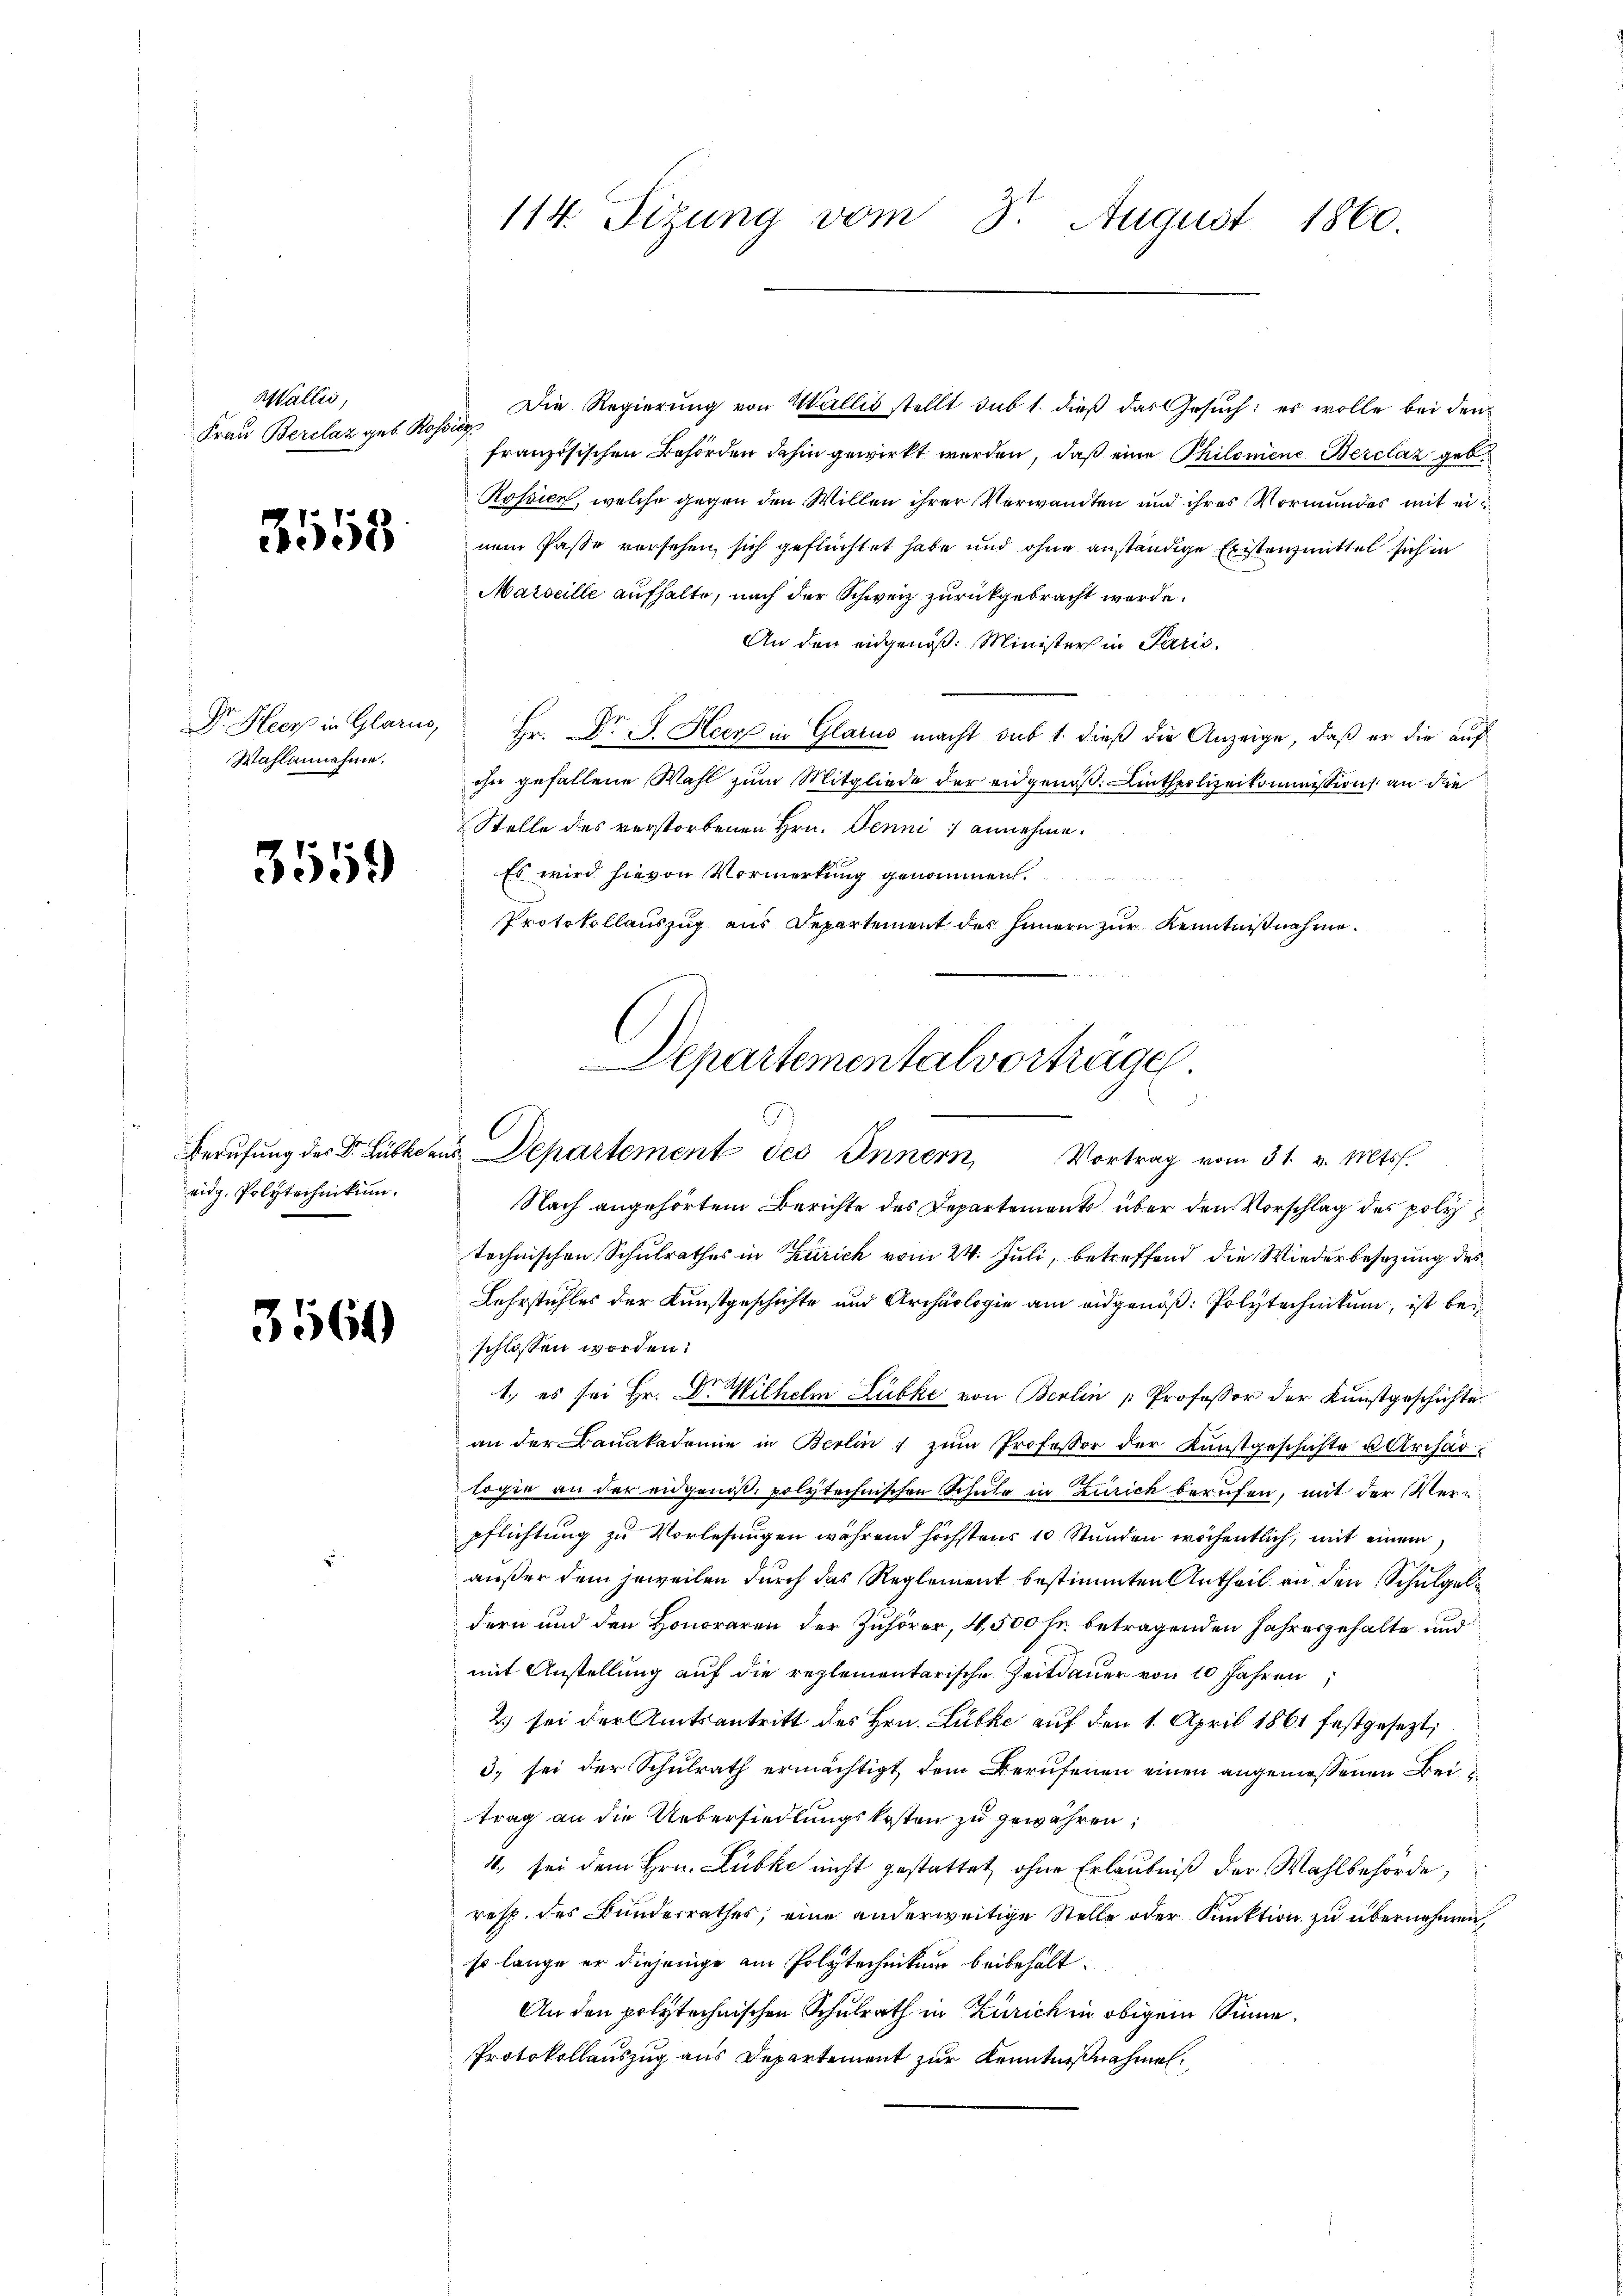
Wallis,
Frau Berclaz geb. Ros

3158

Dr. Heers in Glarus,
Wahlannahme.

3559

Berufung des Dr. Lübkda
eidg. Polytechnikum.

3564

114. Sizung vom 8. August 1860

Die Regierung von Wallis stellt sub 1. dieß das Gesuch: es wolle bei den
liche
französischen Behörden dahin gewirkt werden, daß eine Philomene Berclaz geb.
Rossin, welche gegen den Willen ihrer Verwandten und ihres Vormunder mit ein
nem Pässe vorsehen, sich geflüchtet habe und ohne anständige Existenzmittel sich in
Marseille aufhalte, nach der Schweiz zurückgebracht werde.
An den eidgenöß. Minister in Paris,
 Hr. Dr J. Heer in Glarus macht sub 1. dieß die Anzeige, daß er die auf
ihn gefallene Wahl zum Mitgliede der eidgenoß. Linthpolizeikommission an die
Stelle des verstorbenen Hrn. Jenni annehme.
Es wird hievon Vormerkung genommen.
Protokollauszug aus Departement des Innern zur Kenntnißnahme.
Nach angehörtem Berichte des Departements über den Vorschlag des poly
technischen Schulrathes in Zürich vom 24. Juli, betreffend die Wiederbesezung des
Lehrstuhles der Kunstgeschichte und Archäologie am eidgenöß: Polytechnikum, ist beschlossen worden:
1.) es sei Hr. Dr. Wilhelm Lübke von Berlin " Professor der Kunstgeschichte
an der Baŭakademie in Berlin zŭm Professor der Kunstgeschäfte u. Archarlogie an der eidgenöß. polytechnischen Schule in Zürich berufen, mit der Verpflichtung zu Vorlesungen während höchstens 10 Stunden wöchentlich, mit einem
außer dem jeweilen durch das Reglement bestimmten Antheil an den Schulgeldern und den Honoraren der Zuhörer, 4,500 fr. betragenden Jahresgehalte und
mit Anstellung auf die reglementarische Zeitdauer von 10 Jahren
2) sei der Amtsantritt des Hrn. Lübke auf den 1. April 1861 festgesezt,
3) sei der Schulrath ermächtigt dem Berufenen einen angemessenen Beitrag an die Uebersiedlungskosten zu gewähren:
4., sei dem Hrn. Lübke nicht gestattet, ohne Erlaubniß der Wahlbehörde,
resp. des Bunderrathes, eine anderweitige Stelle oder Funktion zu übernehmen,
so lange er diejenige am Polytechnikum beibehalt.
An den polytechnischen Schulrath in Zürich in obigem Sinne.
Protokollauszug aus Departement zur Kenntnißnahme.

Departementalvorträge.
s
in Departement des Innern Vortrag vom 31. v. Mts.